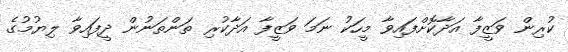
ކުރިން ވަޒީފާ އަދާކޮށްފައިވާ މީހަކު ނަމަ ވަޒީފާ އަދާކުރި ތަންތަނުން ދީފައިވާ ލިޔުމުގެ